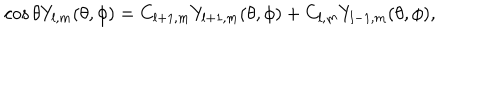
LaTeX: \cos { \theta } Y _ { l , m } ( \theta , \phi ) = C _ { l + 1 , m } Y _ { l + 1 , m } ( \theta , \phi ) + C _ { l , m } Y _ { l - 1 , m } ( \theta , \phi ) ,